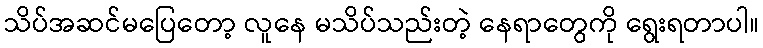
သိပ်အဆင်မပြေတော့ လူနေ မသိပ်သည်းတဲ့ နေရာတွေကို ရွေးရတာပါ။